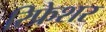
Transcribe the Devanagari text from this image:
रिफ्रेशर